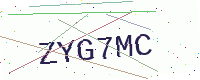
Text: ZYG7MC